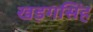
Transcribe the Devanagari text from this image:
खड़गसिंह